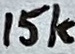
Text: 15k